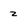
Character: z